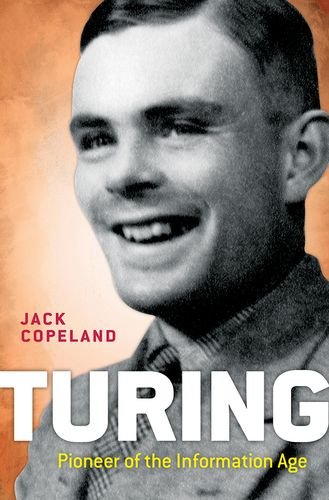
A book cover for Turing: Pioneer of the Information Age; B. Jack Copeland; Computers & Technology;